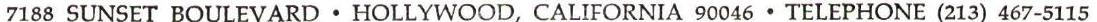
7188 SUNSET BOULEVARD . HOLLYWOOD, CALIFORNIA 90046 . TELEPHONE (213) 467-5115